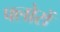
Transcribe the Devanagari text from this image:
फ्लोरों